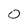
Character: 0